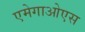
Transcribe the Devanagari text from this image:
एमेगाओएस